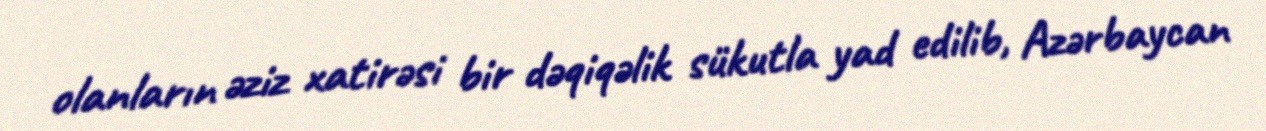
olanların əziz xatirəsi bir dəqiqəlik sükutla yad edilib, Azərbaycan